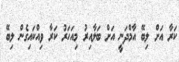
ކަރާ އަށް ލިބޭ އާމްދަނީ އަށް ބަލާއިރު މިއަހަރު ކަރާ ވިއްކައިގެން ލިބޭ